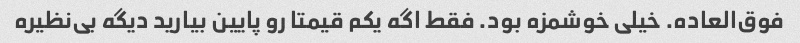
فوق‌العاده. خیلی خوشمزه بود. فقط اگه یکم قیمتا رو پایین بیارید دیگه بی‌نظیره